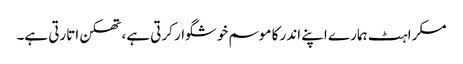
مسکراہٹ ہمارے اپنے اندر کا موسم خوشگوار کرتی ہے، تھکن اتارتی ہے۔